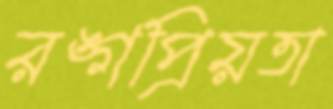
রঙ্গপ্রিয়তা